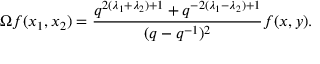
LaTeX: \Omega f ( x _ { 1 } , x _ { 2 } ) = \frac { q ^ { 2 ( \lambda _ { 1 } + \lambda _ { 2 } ) + 1 } + q ^ { - 2 ( \lambda _ { 1 } - \lambda _ { 2 } ) + 1 } } { ( q - q ^ { - 1 } ) ^ { 2 } } f ( x , y ) .